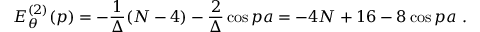
E _ { \theta } ^ { ( 2 ) } ( p ) = - \frac { 1 } { \Delta } ( N - 4 ) - \frac { 2 } { \Delta } \cos p a = - 4 N + 1 6 - 8 \cos p a \ .